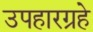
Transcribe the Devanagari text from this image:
उपहारग्रहे